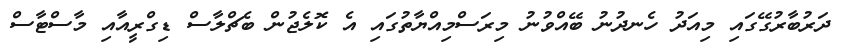
ދަރުބާރުގޭގައި މިއަދު ހެނދުނު ބޭއްވުނު މިރަސްމިއްޔާތުގައި އެ ކޮލެޖުން ބެޗްލާސް ޑިގްރީއާއި މާސްޓާސް